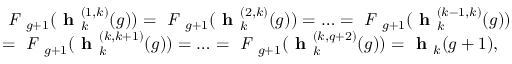
\begin{array} { r l } & { \emph { F } _ { g + 1 } ( \textbf { h } _ { k } ^ { ( 1 , k ) } ( g ) ) = \emph { F } _ { g + 1 } ( \textbf { h } _ { k } ^ { ( 2 , k ) } ( g ) ) = \ldots = \emph { F } _ { g + 1 } ( \textbf { h } _ { k } ^ { ( k - 1 , k ) } ( g ) ) } \\ & { = \emph { F } _ { g + 1 } ( \textbf { h } _ { k } ^ { ( k , k + 1 ) } ( g ) ) = \ldots = \emph { F } _ { g + 1 } ( \textbf { h } _ { k } ^ { ( k , q + 2 ) } ( g ) ) = \textbf { h } _ { k } ( g + 1 ) , } \end{array}